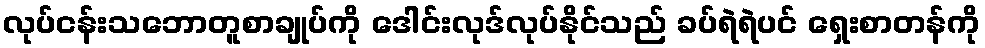
လုပ်ငန်းသဘောတူစာချုပ်ကို ဒေါင်းလုဒ်လုပ်နိုင်သည် ခပ်ရဲရဲပင် ရှေးစာတန်ကို